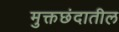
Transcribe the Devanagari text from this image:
मुक्तछंदातील